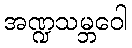
အဏ္ဍသမ္ဘဝေါ